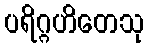
ပရိဂ္ဂဟိတေသု